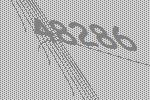
48286